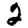
Digit: 2